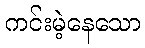
ကင်းမဲ့နေသော